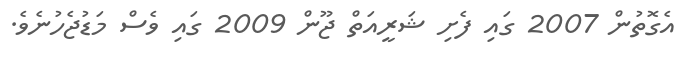
އެގޮތުން 2007 ގައި ފެށި ޝަރީއަތް ޖޫން 2009 ގައި ވެސް މަޑުޖެހުނެވެ.